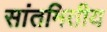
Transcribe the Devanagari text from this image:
सांतमितीय